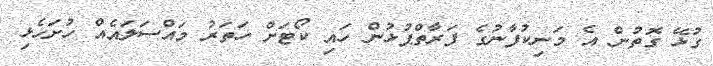
ގުޅޭ ގޮތުން އެ މަނިކުފާނުގެ ފަރާތްޕުޅުން ހައި ކޯޓަށް ހަތަރު މައްސަލައެއް ހުށަހެޅި